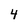
Character: 4